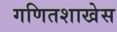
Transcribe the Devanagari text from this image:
गणितशाखेस